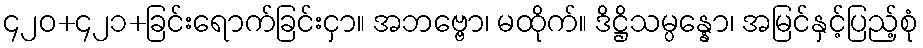
၄၂၀+၄၂၁+ခြင်းရောက်ခြင်းငှာ။ အဘဗ္ဗော၊ မထိုက်။ ဒိဋ္ဌိသမ္ပန္နော၊ အမြင်နှင့်ပြည့်စုံ